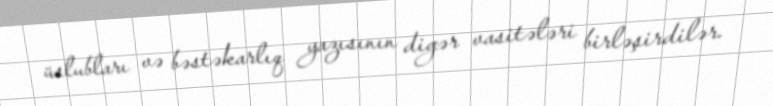
üslubları və bəstəkarlıq yazısının digər vasitələri birləşirdilər.